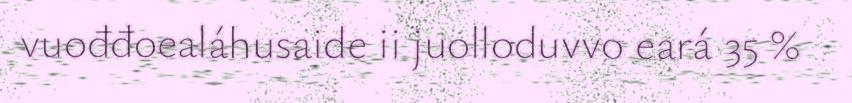
vuođđoealáhusaide ii juolloduvvo eará 35 %